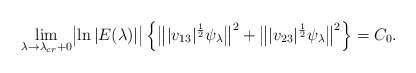
\begin{align*}\lim_{\lambda \to \lambda_{cr} + 0} \bigl|\ln |E(\lambda)|\bigr| \left\{ \bigl\||v_{13}|^{\frac12}\psi_\lambda \bigr\|^2 + \bigl\||v_{23}|^{\frac12}\psi_\lambda \bigr\|^2 \right\} = C_0 . \end{align*}